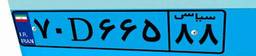
۷۰D۶۶۵۸۸